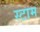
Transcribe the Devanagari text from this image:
स्टाम